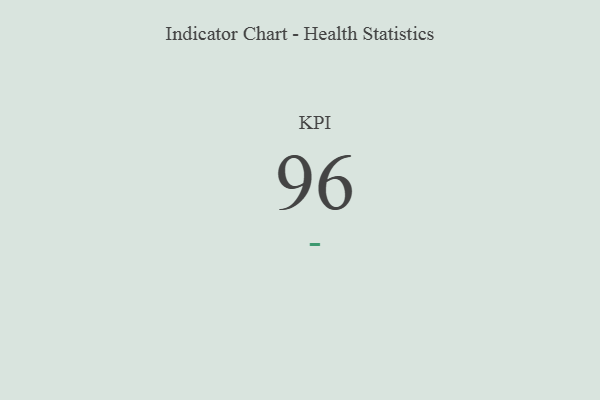
{"axis": {"x": "KPI", "y": "Value"}, "legend": [""], "data": [{"x": "KPI", "y": 96, "type": ""}]}